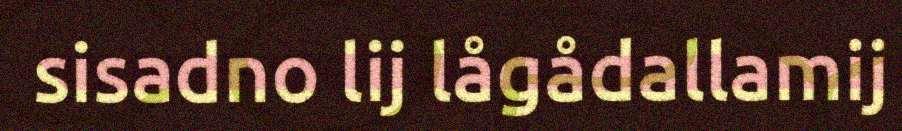
sisadno lij lågådallamij